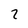
Character: 2